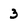
Character: 3